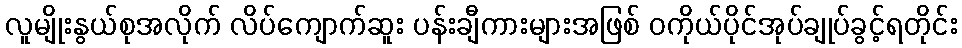
လူမျိုးနွယ်စုအလိုက် လိပ်ကျောက်ဆူး ပန်းချီကားများအဖြစ် ဝကိုယ်ပိုင်အုပ်ချုပ်ခွင့်ရတိုင်း